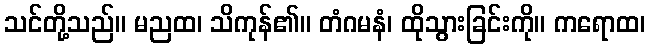
သင်တို့သည်။ မညထ၊ သိကုန်၏။ တံဂမနံ၊ ထိုသွားခြင်းကို။ ကရောထ၊